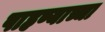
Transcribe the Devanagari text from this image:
पाहण्याच्चा